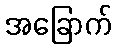
အခြောက်